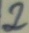
Text: 2